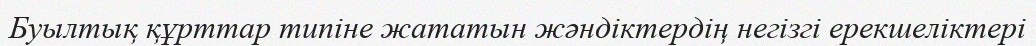
Буылтық құрттар типіне жататын жәндіктердің негізгі ерекшеліктері